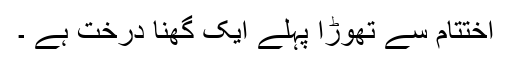
اختتام سے تھوڑا پہلے ایک گھنا درخت ہے ۔